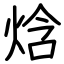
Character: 焓